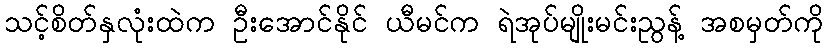
သင့်စိတ်နှလုံးထဲက ဦးအောင်နိုင် ယီမင်က ရဲအုပ်မျိုးမင်းညွန့် အစမှတ်ကို